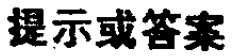
提示或答案